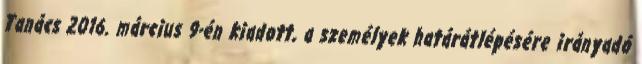
Tanács 2016. március 9-én kiadott, a személyek határátlépésére irányadó